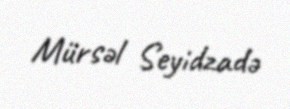
Mürsəl Seyidzadə